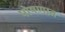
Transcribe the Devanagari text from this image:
पोषणात